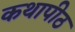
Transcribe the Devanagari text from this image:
कथापीठ